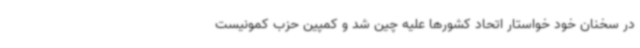
در سخنان خود خواستار اتحاد کشورها علیه چین شد و کمپین حزب کمونیست